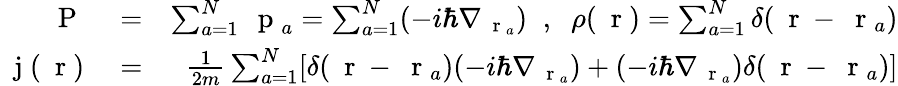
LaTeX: \begin{array}{rlr}{\mathrm{~\mathbf~P~}}&{{}=}&{\sum_{a=1}^{N}\mathrm{~\mathbf~p~}_{a}=\sum_{a=1}^{N}(-i\hbar\nabla_{\mathrm{~\mathbf~r~}_{a}})\; \; ,\; \; \rho(\mathrm{~\mathbf~r~})=\sum_{a=1}^{N}\delta(\mathrm{~\mathbf~r~}-\mathrm{~\mathbf~r~}_{a})}\\ {\mathrm{~\mathbf~j~}(\mathrm{~\mathbf~r~})}&{{}=}&{\frac{1}{2m}\sum_{a=1}^{N}[\delta(\mathrm{~\mathbf~r~}-\mathrm{~\mathbf~r~}_{a})(-i\hbar\nabla_{\mathrm{~\mathbf~r~}_{a}})+(-i\hbar\nabla_{\mathrm{~\mathbf~r~}_{a}})\delta(\mathrm{~\mathbf~r~}-\mathrm{~\mathbf~r~}_{a})]}\end{array}